Notes on vaccination in the North-West Frontier Province 1923-1928 - 1923-1928
Year: 1923
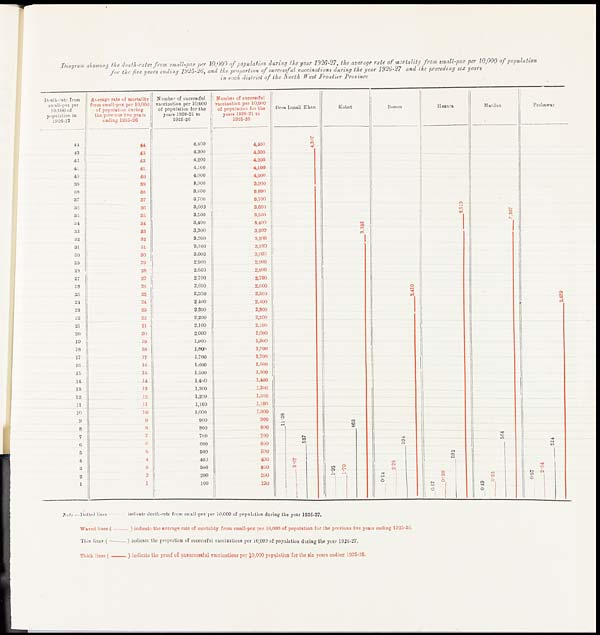
Diagram showing the death-rates from small-pox per 10,000 of population during the year 1926-27, the average rate of mortality from small-pox per 10,000 of population
for the five years ending 1925-26, and the proportion of successful vaccinations during the year 1926-27 and the preceding six years
in each district of the North West Frontier Province